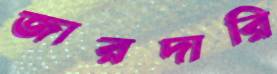
জারদারি